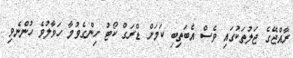
ރާއްޖޭގެ ޖަލުތަކުގައި ވެސް އެބަތިބި ކަމަށް ޑްރަގް ކޯޓު ހިންގެވުމާ ހަވާލުވެ ހުންނެވި